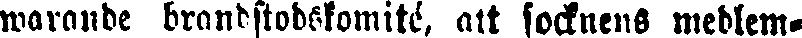
warande brandstodskomité, att socknens medlem-